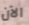
الآن